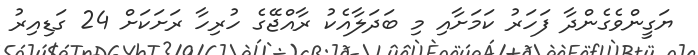
ޔަގީންވެގެންދާ ފަހަރު ކަމަށާއި މި ބަދަލާއެކު ރާއްޖޭގެ ހުރިހާ ރަށަކަށް 24 ގަޑިއިރު